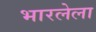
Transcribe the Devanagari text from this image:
भारलेला